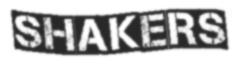
SHAKERS